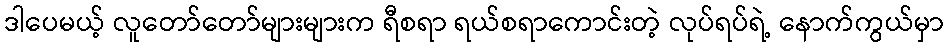
ဒါပေမယ့် လူတော်တော်များများက ရီစရာ ရယ်စရာကောင်းတဲ့ လုပ်ရပ်ရဲ့ နောက်ကွယ်မှာ